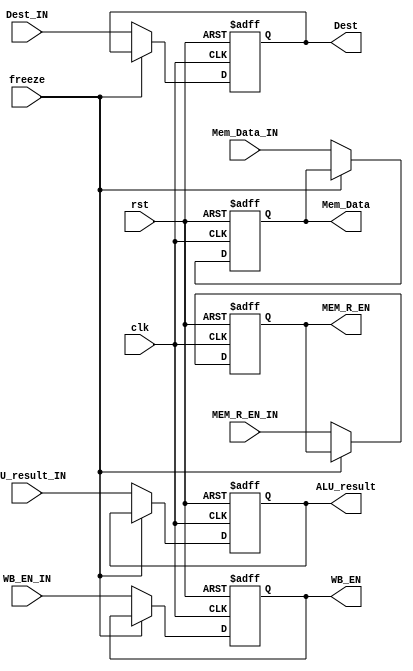
`timescale 1ns/1ns

module MEM_Stage_Reg
(
    input clk, rst,
    input freeze,
    input WB_EN_IN, MEM_R_EN_IN,
    input [31:0] ALU_result_IN, Mem_Data_IN,
    input [3:0] Dest_IN,
    output reg WB_EN, MEM_R_EN,
    output reg [31:0] ALU_result, Mem_Data,
    output reg [3:0] Dest
);

always @(posedge rst, posedge clk) begin
  if (rst) begin
    {WB_EN, MEM_R_EN} <= 2'b0;
    {ALU_result, Mem_Data} <= 64'b0;
    Dest <= 4'b0;
  end
  else if (~freeze) begin
    {WB_EN, MEM_R_EN} <= {WB_EN_IN, MEM_R_EN_IN};
    {ALU_result, Mem_Data} <= {ALU_result_IN, Mem_Data_IN};
    Dest <= Dest_IN;
  end
end
    
endmodule